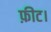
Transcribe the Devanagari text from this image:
फ़ीट।